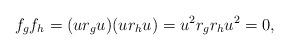
LaTeX: \begin{align*}f_gf_h=(ur_gu)(ur_hu)=u^2r_gr_hu^2=0,\end{align*}